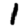
Digit: 1